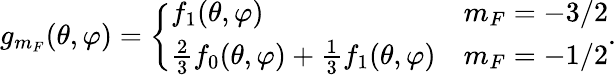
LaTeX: g_{m_{F}}(\theta,\varphi)=\left\{ \begin{array}{ll}{f_{1}(\theta,\varphi)}&{m_{F}=-3/2}\\ {\frac{2}{3}f_{0}(\theta,\varphi)+\frac{1}{3}f_{1}(\theta,\varphi)}&{m_{F}=-1/2}\end{array}\right..